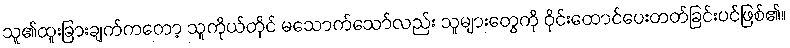
သူ၏ထူးခြားချက်ကတော့ သူကိုယ်တိုင် မသောက်သော်လည်း သူများတွေကို ဝိုင်းထောင်ပေးတတ်ခြင်းပင်ဖြစ်၏။